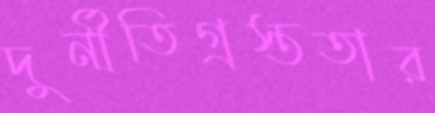
দুর্নীতিগ্রস্ততার